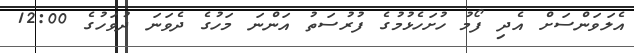
އެލަވަންސަށް އެދި ފޯމު ހުށަހެޅުމުގެ ފުރުސަތު އަންނަ މަހުގެ ދެވަނަ ދުވަހުގެ 12:00